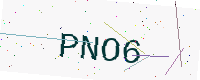
Text: PNO6